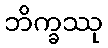
ဘိက္ခဿု